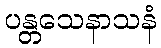
ပန္တသေနာသနံ